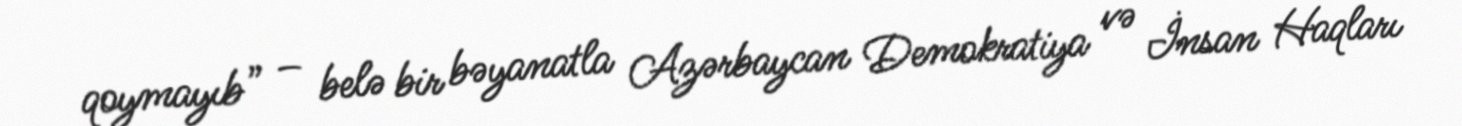
qoymayıb” – belə bir bəyanatla Azərbaycan Demokratiya və İnsan Haqları